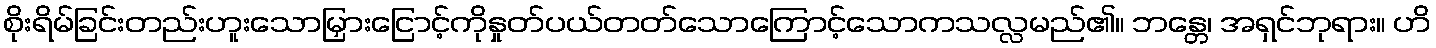
စိုးရိမ်ခြင်းတည်းဟူးသောမြှားငြောင့်ကိုနှုတ်ပယ်တတ်သောကြောင့်သောကသလ္လမည်၏။ ဘန္တေ၊ အရှင်ဘုရား။ ဟိ